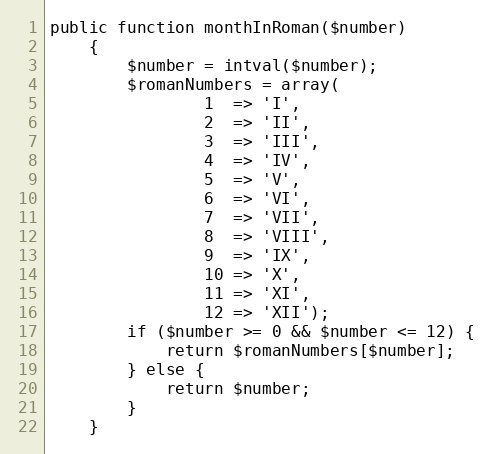
Language: PHP
public function monthInRoman($number)
    {
        $number = intval($number);
        $romanNumbers = array(
                1  => 'I',
                2  => 'II',
                3  => 'III',
                4  => 'IV',
                5  => 'V',
                6  => 'VI',
                7  => 'VII',
                8  => 'VIII',
                9  => 'IX',
                10 => 'X',
                11 => 'XI',
                12 => 'XII');
        if ($number >= 0 && $number <= 12) {
            return $romanNumbers[$number];
        } else {
            return $number;
        }
    }